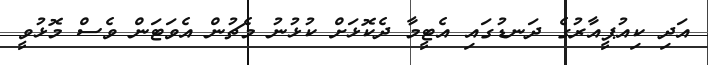
އަދި ކިއުޕީއާރުގެ ދަނޑުގައި އެޓީމާ ދެކޮޅަށް ކުޅުނު މެޗުން އެވަޓަން ވެސް މޮޅުވީ